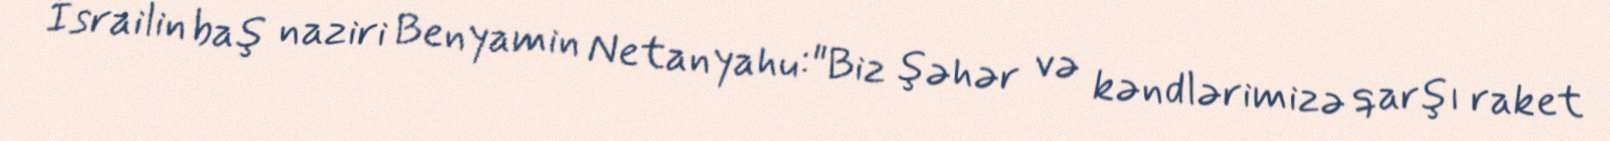
İsrailin baş naziri Benyamin Netanyahu:"Biz şəhər və kəndlərimizə qarşı raket